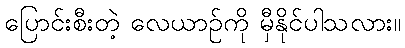
ပြောင်းစီးတဲ့ လေယာဉ်ကို မှီနိုင်ပါသလား။